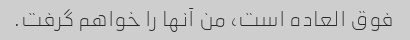
فوق العاده است، من آنها را خواهم گرفت.